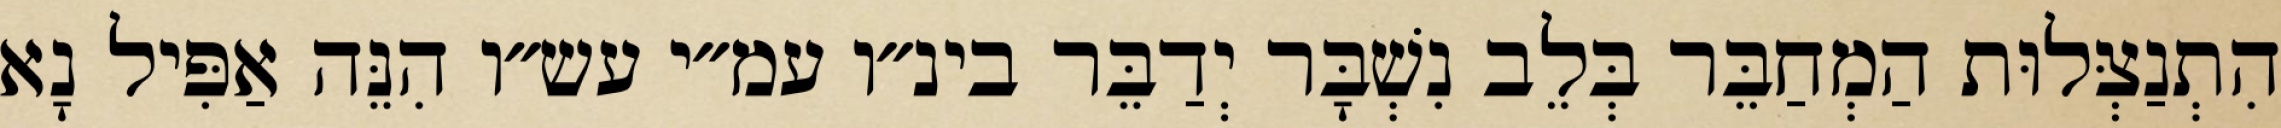
הִתְנַצְּלוּת הַמְחַבֵּר בְּלֵב נִשְׁבָּר יְדַבֵּר בינ״ו עמ״י עש״ו הִנֵּה אַפִּיל נָא